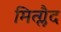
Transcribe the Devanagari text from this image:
मित्ग्लैद